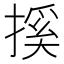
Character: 㨙